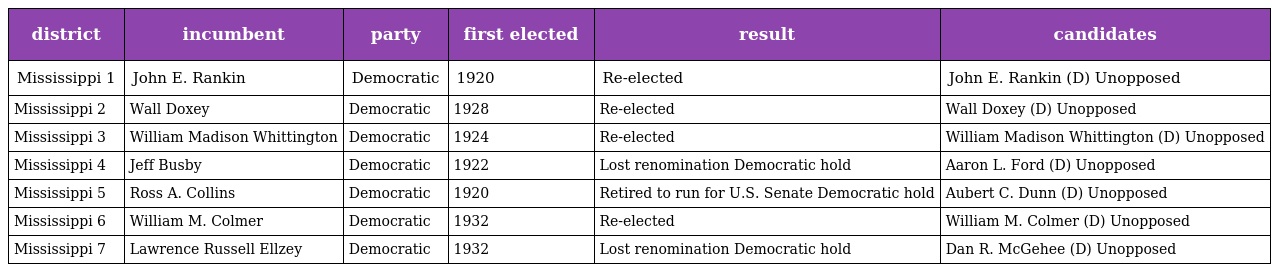
| district | incumbent | party | first elected | result | candidates |
 | --- | --- | --- | --- | --- | --- |
 | Mississippi 1 | John E. Rankin | Democratic | 1920 | Re-elected | John E. Rankin (D) Unopposed |
 | Mississippi 2 | Wall Doxey | Democratic | 1928 | Re-elected | Wall Doxey (D) Unopposed |
 | Mississippi 3 | William Madison Whittington | Democratic | 1924 | Re-elected | William Madison Whittington (D) Unopposed |
 | Mississippi 4 | Jeff Busby | Democratic | 1922 | Lost renomination Democratic hold | Aaron L. Ford (D) Unopposed |
 | Mississippi 5 | Ross A. Collins | Democratic | 1920 | Retired to run for U.S. Senate Democratic hold | Aubert C. Dunn (D) Unopposed |
 | Mississippi 6 | William M. Colmer | Democratic | 1932 | Re-elected | William M. Colmer (D) Unopposed |
 | Mississippi 7 | Lawrence Russell Ellzey | Democratic | 1932 | Lost renomination Democratic hold | Dan R. McGehee (D) Unopposed |